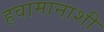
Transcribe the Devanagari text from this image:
हवामानाशी